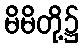
မိမိတို့၌